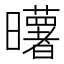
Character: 𰖼